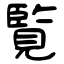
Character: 覧